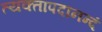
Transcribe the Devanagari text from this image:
त्यक्तापदानन्दं